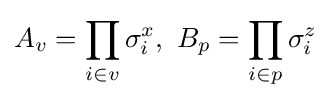
A_{v}=\prod _{i\in v}\sigma _{i}^{x},\,\,B_{p}=\prod _{i\in p}\sigma _{i}^{z}